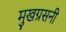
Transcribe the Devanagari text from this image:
मुखग्रसनी